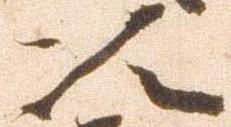
次